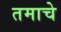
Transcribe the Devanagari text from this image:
तमाचे